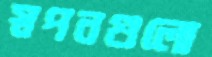
স্বপনগুলো